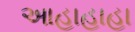
આહાહાહા